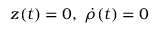
z ( t ) = 0 , \ \dot { \rho } ( t ) = 0